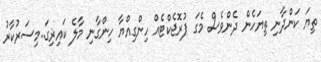
ތިޔަ ކަންދާނި ތިޔަހެން ދެންވެސް މެގަ ޕުރޮޖެކްޓެއް ހިންގިއްޔާ ހިންގާނި މާލެ ކައިޜިގަ..މިސަރުކާރު